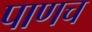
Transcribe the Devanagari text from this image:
पाणच